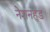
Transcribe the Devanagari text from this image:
नेशनहुड